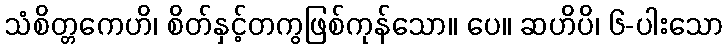
သံစိတ္တကေဟိ၊ စိတ်နှင့်တကွဖြစ်ကုန်သော။ ပေ။ ဆဟိပိ၊ ၆-ပါးသော